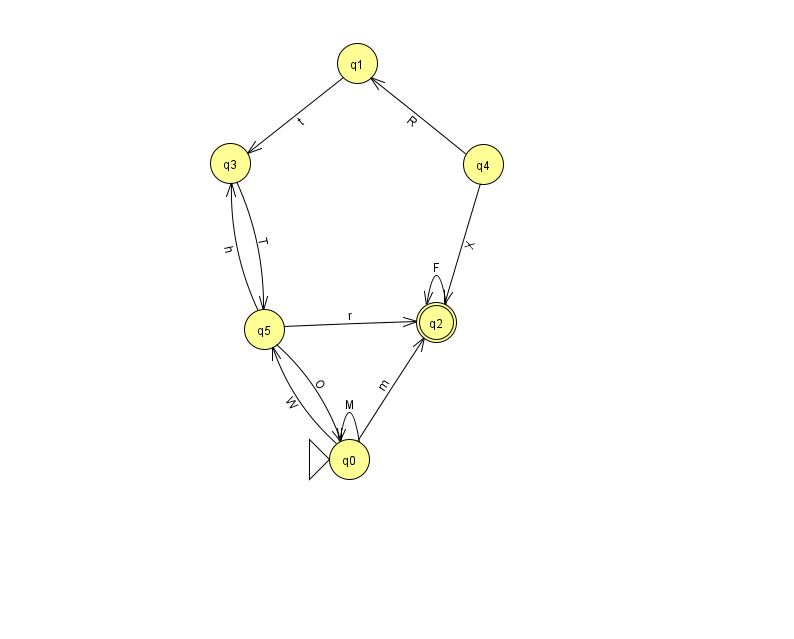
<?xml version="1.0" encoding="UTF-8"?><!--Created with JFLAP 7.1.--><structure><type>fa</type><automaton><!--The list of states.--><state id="0" name="q0"><x>349.0</x><y>446.0</y><initial/></state><state id="1" name="q1"><x>357.0</x><y>50.0</y></state><state id="2" name="q2"><x>436.0</x><y>309.0</y><final/></state><state id="3" name="q3"><x>230.0</x><y>150.0</y></state><state id="4" name="q4"><x>483.0</x><y>151.0</y></state><state id="5" name="q5"><x>264.0</x><y>316.0</y></state><!--The list of transitions.--><transition><from>0</from><to>5</to><read>W</read></transition><transition><from>3</from><to>5</to><read>T</read></transition><transition><from>2</from><to>2</to><read>F</read></transition><transition><from>5</from><to>2</to><read>r</read></transition><transition><from>4</from><to>1</to><read>R</read></transition><transition><from>5</from><to>0</to><read>O</read></transition><transition><from>4</from><to>2</to><read>X</read></transition><transition><from>5</from><to>3</to><read>h</read></transition><transition><from>0</from><to>0</to><read>M</read></transition><transition><from>0</from><to>2</to><read>m</read></transition><transition><from>1</from><to>3</to><read>t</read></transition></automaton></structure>